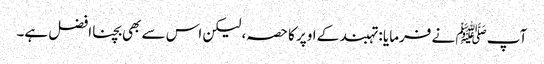
آپ ﷺ نے فرمایا : تہبند کے اوپر کا حصہ، لیکن اس سے بھی بچنا افضل ہے۔